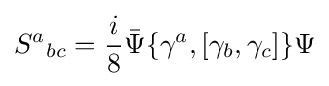
{S^{a}}_{bc}={\frac {i}{8}}{\bar {\Psi }}\{\gamma ^{a},[\gamma _{b},\gamma _{c}]\}\Psi